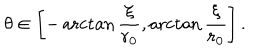
LaTeX: \theta \in \left[ - \operatorname { a r c t a n } { \frac { \xi } { r _ { 0 } } } , \operatorname { a r c t a n } { \frac { \xi } { r _ { 0 } } } \right] .